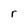
Character: r